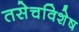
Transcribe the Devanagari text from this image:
तसेचविशेष